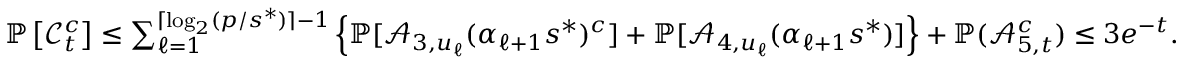
\begin{array} { r } { \mathbb { P } \left[ \mathcal { C } _ { t } ^ { c } \right] \le \sum _ { \ell = 1 } ^ { \lceil \log _ { 2 } ( p / s ^ { * } ) \rceil - 1 } \left\{ \mathbb { P } [ \mathcal { A } _ { 3 , u _ { \ell } } ( \alpha _ { \ell + 1 } s ^ { * } ) ^ { c } ] + \mathbb { P } [ \mathcal { A } _ { 4 , u _ { \ell } } ( \alpha _ { \ell + 1 } s ^ { * } ) ] \right\} + \mathbb { P } ( \mathcal { A } _ { 5 , t } ^ { c } ) \le 3 e ^ { - t } . } \end{array}